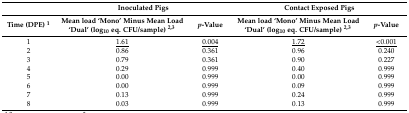
<table><thead><tr><td></td><td colspan="2"><b>Inoculated Pigs</b></td><td colspan="2"><b>Contact Exposed Pigs</b></td></tr><tr><td><b>Time (DPE) <sup>1</sup></b></td><td><b>Mean load ‘Mono’ Minus Mean Load ‘Dual’ (log<sub>10</sub> eq. CFU/sample) <sup>2,3</sup></b></td><td><b><i>p</i>-Value</b></td><td><b>Mean load ‘Mono’ Minus Mean Load ‘Dual’ (log<sub>10</sub> eq. CFU/sample) <sup>2,3</sup></b></td><td><b><i>p</i>-Value</b></td></tr></thead><tbody><tr><td>1 </td><td><underline>1.61</underline></td><td><underline>0.004</underline></td><td><underline>1.72</underline></td><td><underline>&lt;0.001</underline></td></tr><tr><td>2</td><td>0.86</td><td>0.361</td><td>0.96</td><td>0.240</td></tr><tr><td>3</td><td>0.79</td><td>0.361</td><td>0.90</td><td>0.227</td></tr><tr><td>4</td><td>0.29</td><td>0.999</td><td>0.40</td><td>0.999</td></tr><tr><td>5</td><td>0.00</td><td>0.999</td><td>0.00</td><td>0.999</td></tr><tr><td>6</td><td>0.00</td><td>0.999</td><td>0.09</td><td>0.999</td></tr><tr><td>7</td><td>0.13</td><td>0.999</td><td>0.24</td><td>0.999</td></tr><tr><td>8</td><td>0.03</td><td>0.999</td><td>0.13</td><td>0.999</td></tr></tbody></table>